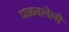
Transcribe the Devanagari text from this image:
पळवलेली